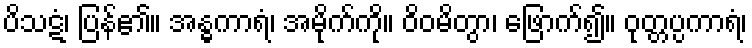
ပိသဋံ၊ ပြန်၏။ အန္ဓကာရံ၊ အမိုက်ကို။ ဝိဝမိတွာ၊ ဖြောက်၍။ ဝုတ္တပ္ပကာရံ၊